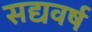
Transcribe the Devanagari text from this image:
सद्यवर्ष